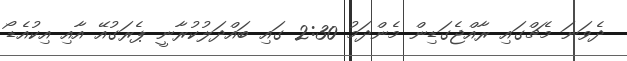
ދެވަނަ މެޗްގައި ރާއްޖެގަޑިން މެންދަމު 2:30 ގައި ބައްދަލުކުރާނީ ޕެރަގުއޭ އާއި އިކުއެޑޯ